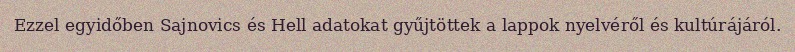
Ezzel egyidőben Sajnovics és Hell adatokat gyűjtöttek a lappok nyelvéről és kultúrájáról.